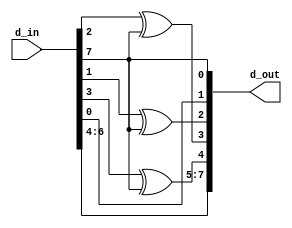
module mult_by_0x02(
input [7:0] d_in,
output [7:0] d_out
);

assign d_out[7] = d_in[6];
assign d_out[6] = d_in[5];
assign d_out[5] = d_in[4];
assign d_out[4] = d_in[3]^d_in[7];
assign d_out[3] = d_in[2]^d_in[7];
assign d_out[2] = d_in[1]^d_in[7];
assign d_out[1] = d_in[0];
assign d_out[0] = d_in[7];

endmodule